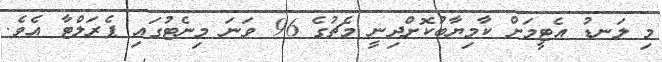
މި ލަނޑު އެޓީމަށް ކާމިޔާބުކޮށްދިނީ މެޗުގެ 96 ވަނަ މިނެޓުގައި ޕެރަލްޓާ އެވެ.